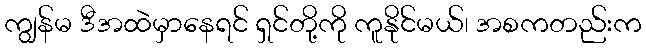
ကျွန်မ ဒီအထဲမှာနေရင် ရှင်တို့ကို ကူနိုင်မယ်၊ အစကတည်းက